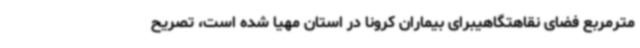
مترمربع فضای نقاهتگاهیبرای بیماران کرونا در استان مهیا شده است، تصریح